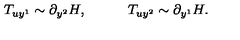
T _ { u y ^ { 1 } } \sim \partial _ { y ^ { 2 } } H , \quad \quad \quad T _ { u y ^ { 2 } } \sim \partial _ { y ^ { 1 } } H .